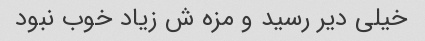
خیلی دیر رسید و مزه ش زیاد خوب نبود